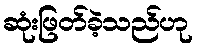
ဆုံးဖြတ်ခဲ့သည်ဟု